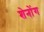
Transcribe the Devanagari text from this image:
शेनोंग